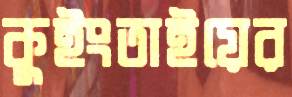
কুইংতাইয়ের